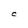
Character: C